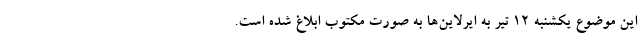
این موضوع یکشنبه ۱۲ تیر به ایرلاین‌ها به صورت مکتوب ابلاغ شده است.